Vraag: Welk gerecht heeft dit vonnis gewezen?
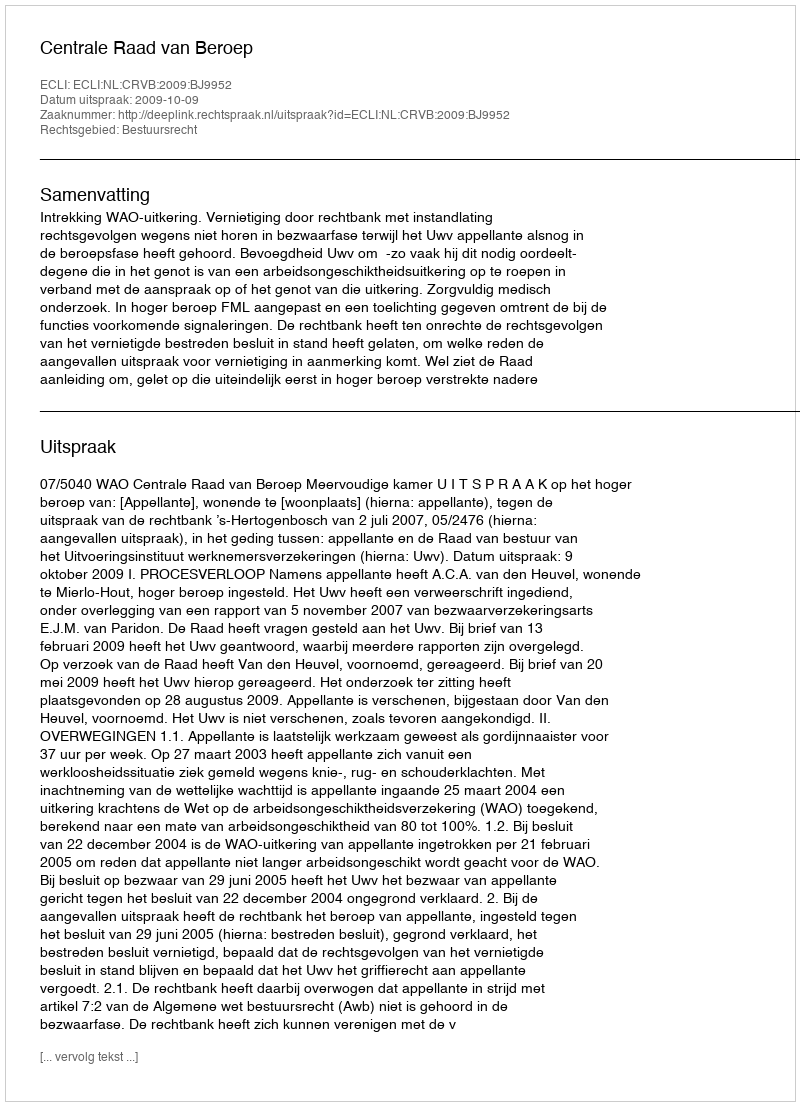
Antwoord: Centrale Raad van Beroep